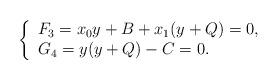
LaTeX: \begin{align*}\left\lbrace\begin{array}{l}F_3 = x_0y+B+x_1(y+Q) = 0,\\ G_4 = y(y+Q) -C= 0.\end{array}\right. \end{align*}